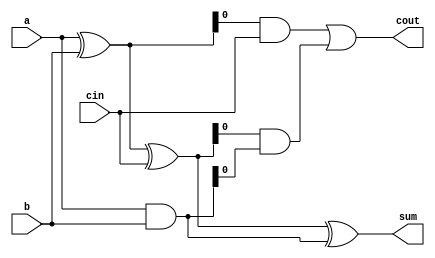
module carry_bypass_adder(
    input wire [31:0] a,
    input wire [31:0] b,
    input wire cin,
    output reg [31:0] sum,
    output reg cout
);

reg [31:0] s1, s2, c1, c2;

assign s1 = a ^ b;
assign c1 = a & b;

always @(*) begin
    s2 = s1 ^ cin;
    c2 = s1 & cin;
end

always @(*) begin
    sum = s2 ^ c1;
    cout = c2 | (s2 & c1);
end

endmodule